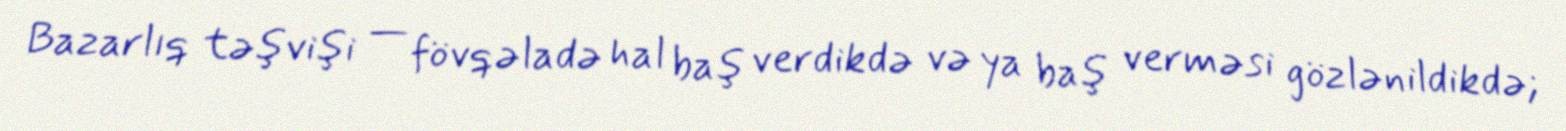
Bazarlıq təşvişi — fövqəladə hal baş verdikdə və ya baş verməsi gözlənildikdə;